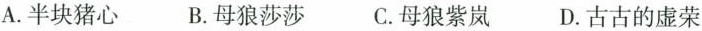
A.半块猪心 B.母狼莎莎 C.母狼紫岚 D.古古的虚荣